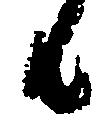
者